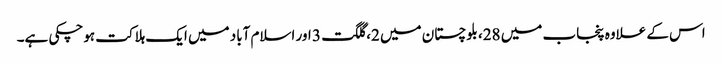
اس کے علاوہ پنجاب میں 28، بلوچستان میں 2، گلگت 3 اور اسلام آباد میں ایک ہلاکت ہوچکی ہے۔